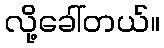
လို့ခေါ်တယ်။